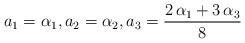
LaTeX: \begin{align*}a_1=\alpha_1, a_2=\alpha_2, {a_3} =\frac{2\,\alpha_1+3\,\alpha_3}{8}\end{align*}